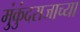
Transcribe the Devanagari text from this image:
मुंकुंदराजाच्या